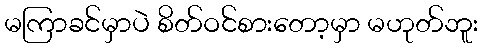
မကြာခင်မှာပဲ စိတ်ဝင်စားတော့မှာ မဟုတ်ဘူး